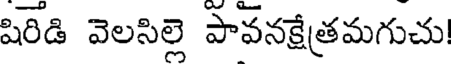
షిరిడి వెలసిల్లె పావనక్షేత్రమగుచు!